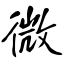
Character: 微